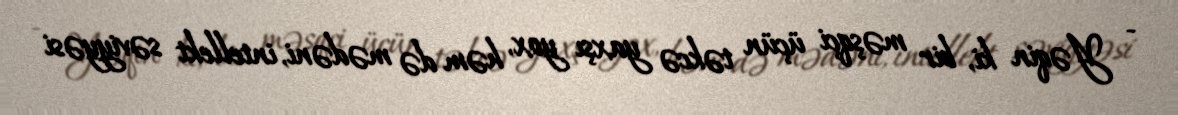
- Yəqin ki, bir məşqçi üçün təkcə yaxşı yox, həm də mədəni, intellekt səviyyəsi